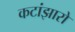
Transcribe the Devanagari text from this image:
कटांझारो